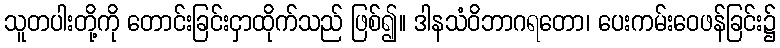
သူတပါးတို့ကို တောင်းခြင်းငှာထိုက်သည် ဖြစ်၍။ ဒါနသံဝိဘာဂရတော၊ ပေးကမ်းဝေဖန်ခြင်း၌